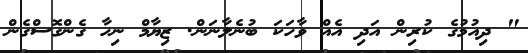
" ދިއުމުގެ ކުރިން އަދި އެއް ވާހަކަ ބުނެލާނަން. ޒިޔާމް ނިހާ ގެންގޮސްގެން